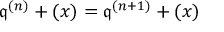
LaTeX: { \mathfrak { q } } ^ { ( n ) } + ( x ) = { \mathfrak { q } } ^ { ( n + 1 ) } + ( x )